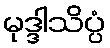
မုဒ္ဒါသိပ္ပံ